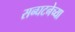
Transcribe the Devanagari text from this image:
सन्घटनेच्या